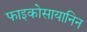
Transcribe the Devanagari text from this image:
फाइकोसायानिन